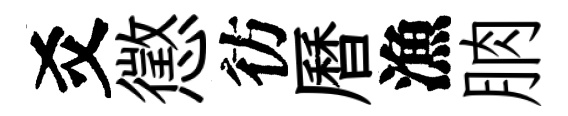
爻懲彷曆漁朒